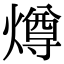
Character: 燇